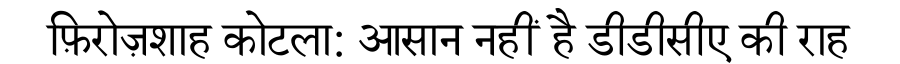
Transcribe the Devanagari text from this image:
फ़िरोज़शाह कोटला: आसान नहीं है डीडीसीए की राह